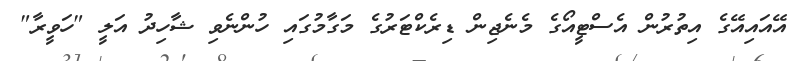
އޭއައިއޭގެ އިތުރުން އެސްޓީއޯގެ މެނެޖިން ޑިރެކްޓަރުގެ މަގާމުގައި ހުންނެވި ޝާހިދު އަލީ "ހަވީރާ"